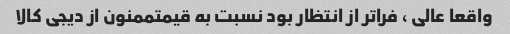
واقعا عالی ، فراتر از انتظار بود نسبت به قیمتممنون از دیجی کالا